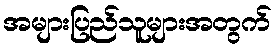
အများပြည်သူများအတွက်